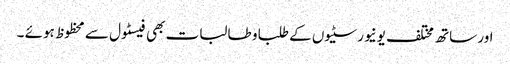
اور ساتھ مختلف یونیورسٹیوں کے طلبا و طالبات بھی فیسٹول سے محظوظ ہوئے ۔